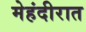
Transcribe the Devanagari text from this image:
मेहंदीरात